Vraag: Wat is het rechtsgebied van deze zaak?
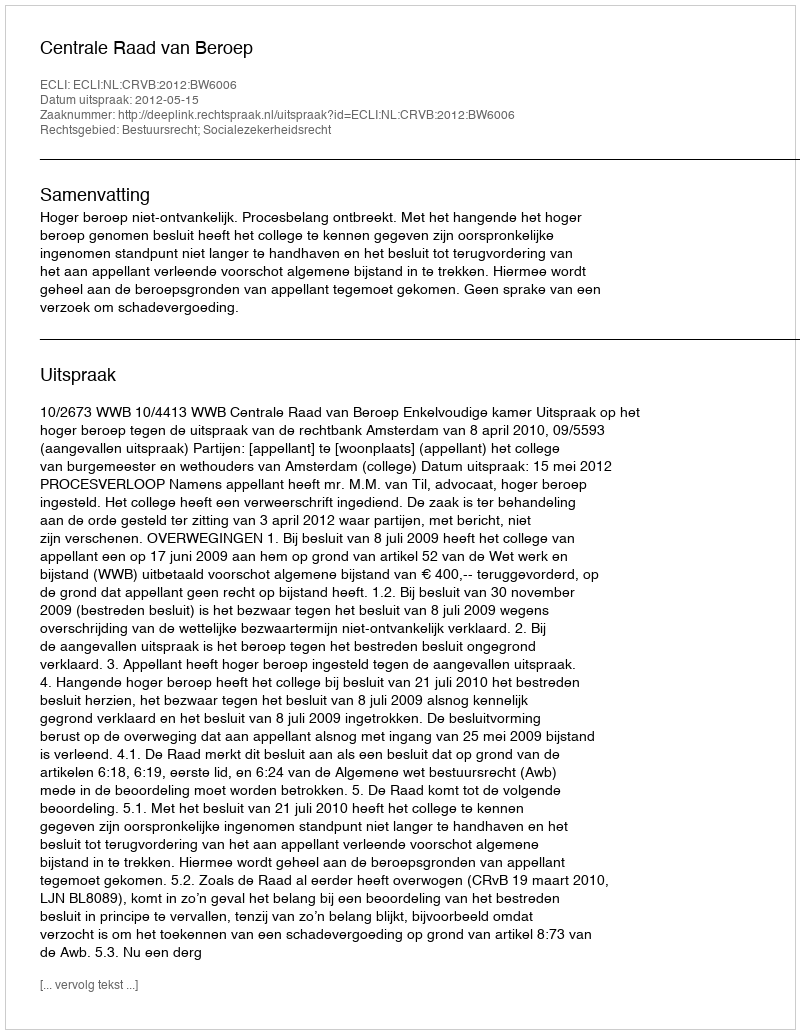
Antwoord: Bestuursrecht; Socialezekerheidsrecht